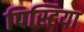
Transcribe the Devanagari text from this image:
पिस्टिया